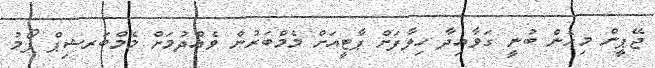
ޖޭޕީން މިހެން ބުނީ ގަވާއިދާ ހިލާފަށް ޕާޓީއަށް މެމްބަރުން ވެއްދުމަށް މެމްބަރޝިޕް ފޯމު